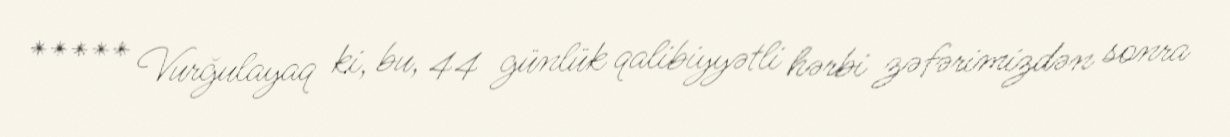
***** Vurğulayaq ki, bu, 44 günlük qalibiyyətli hərbi zəfərimizdən sonra